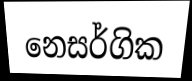
නෙසර්ගික